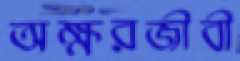
অক্ষরজীবী